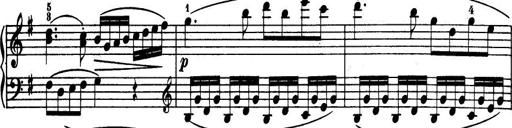
Title: 32 Sonatinas and Rondos for the Piano
Composer: Richard Kleinmichel